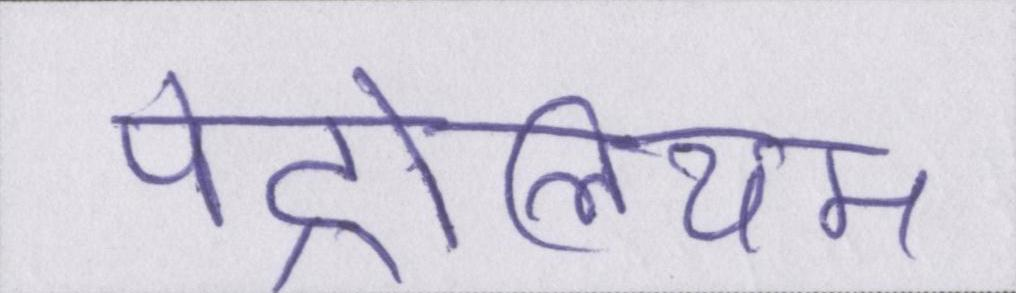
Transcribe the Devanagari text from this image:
पेट्रोलियम